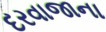
દરવાજાના